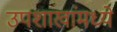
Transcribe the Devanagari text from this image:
उपशाखांमध्ये